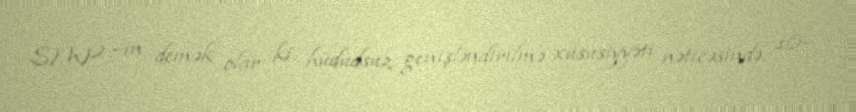
SMP –in demək olar ki hüdudsuz genişləndirilmə xüsusiyyəti nəticəsində, 16-